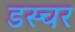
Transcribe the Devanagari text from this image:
डस्चर